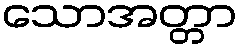
သောအတ္တာ